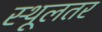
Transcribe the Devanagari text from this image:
स्थूलतर